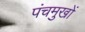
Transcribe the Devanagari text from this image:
पंचमुखों